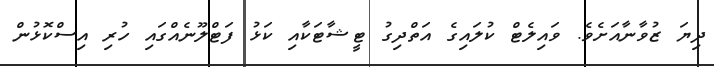
ދިޔަ ޒުވާނާއަށެވެ. ވައިލެޓް ކުލައިގެ އަތްދިގު ޓީޝާޓަކާއި ކަޅު ފަޓްލޫނެއްގައި ހުރި އިސްކޮޅުން